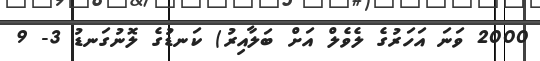
2000 ވަނަ އަހަރުގެ ލެވެލް އަށް ބަލާއިރު) ކަނޑުގެ ލޮނުގަނޑު 3- 9